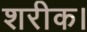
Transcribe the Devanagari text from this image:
शरीक।